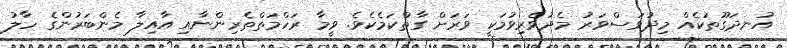
އުނދަގޫތަކެއް މިދުވަސްވަރު މެދުވެރިވުމަކީ ވަރަށް ގާތްކަމެކެވެ. ވީމާ ރަހްމަތްތެރިންނާއި އާއިލާ މެންބަރުންގެ ހާލު